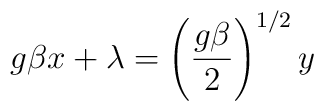
g\beta x+\lambda =\left( {\frac{g\beta }2}\right) ^{1/2}y